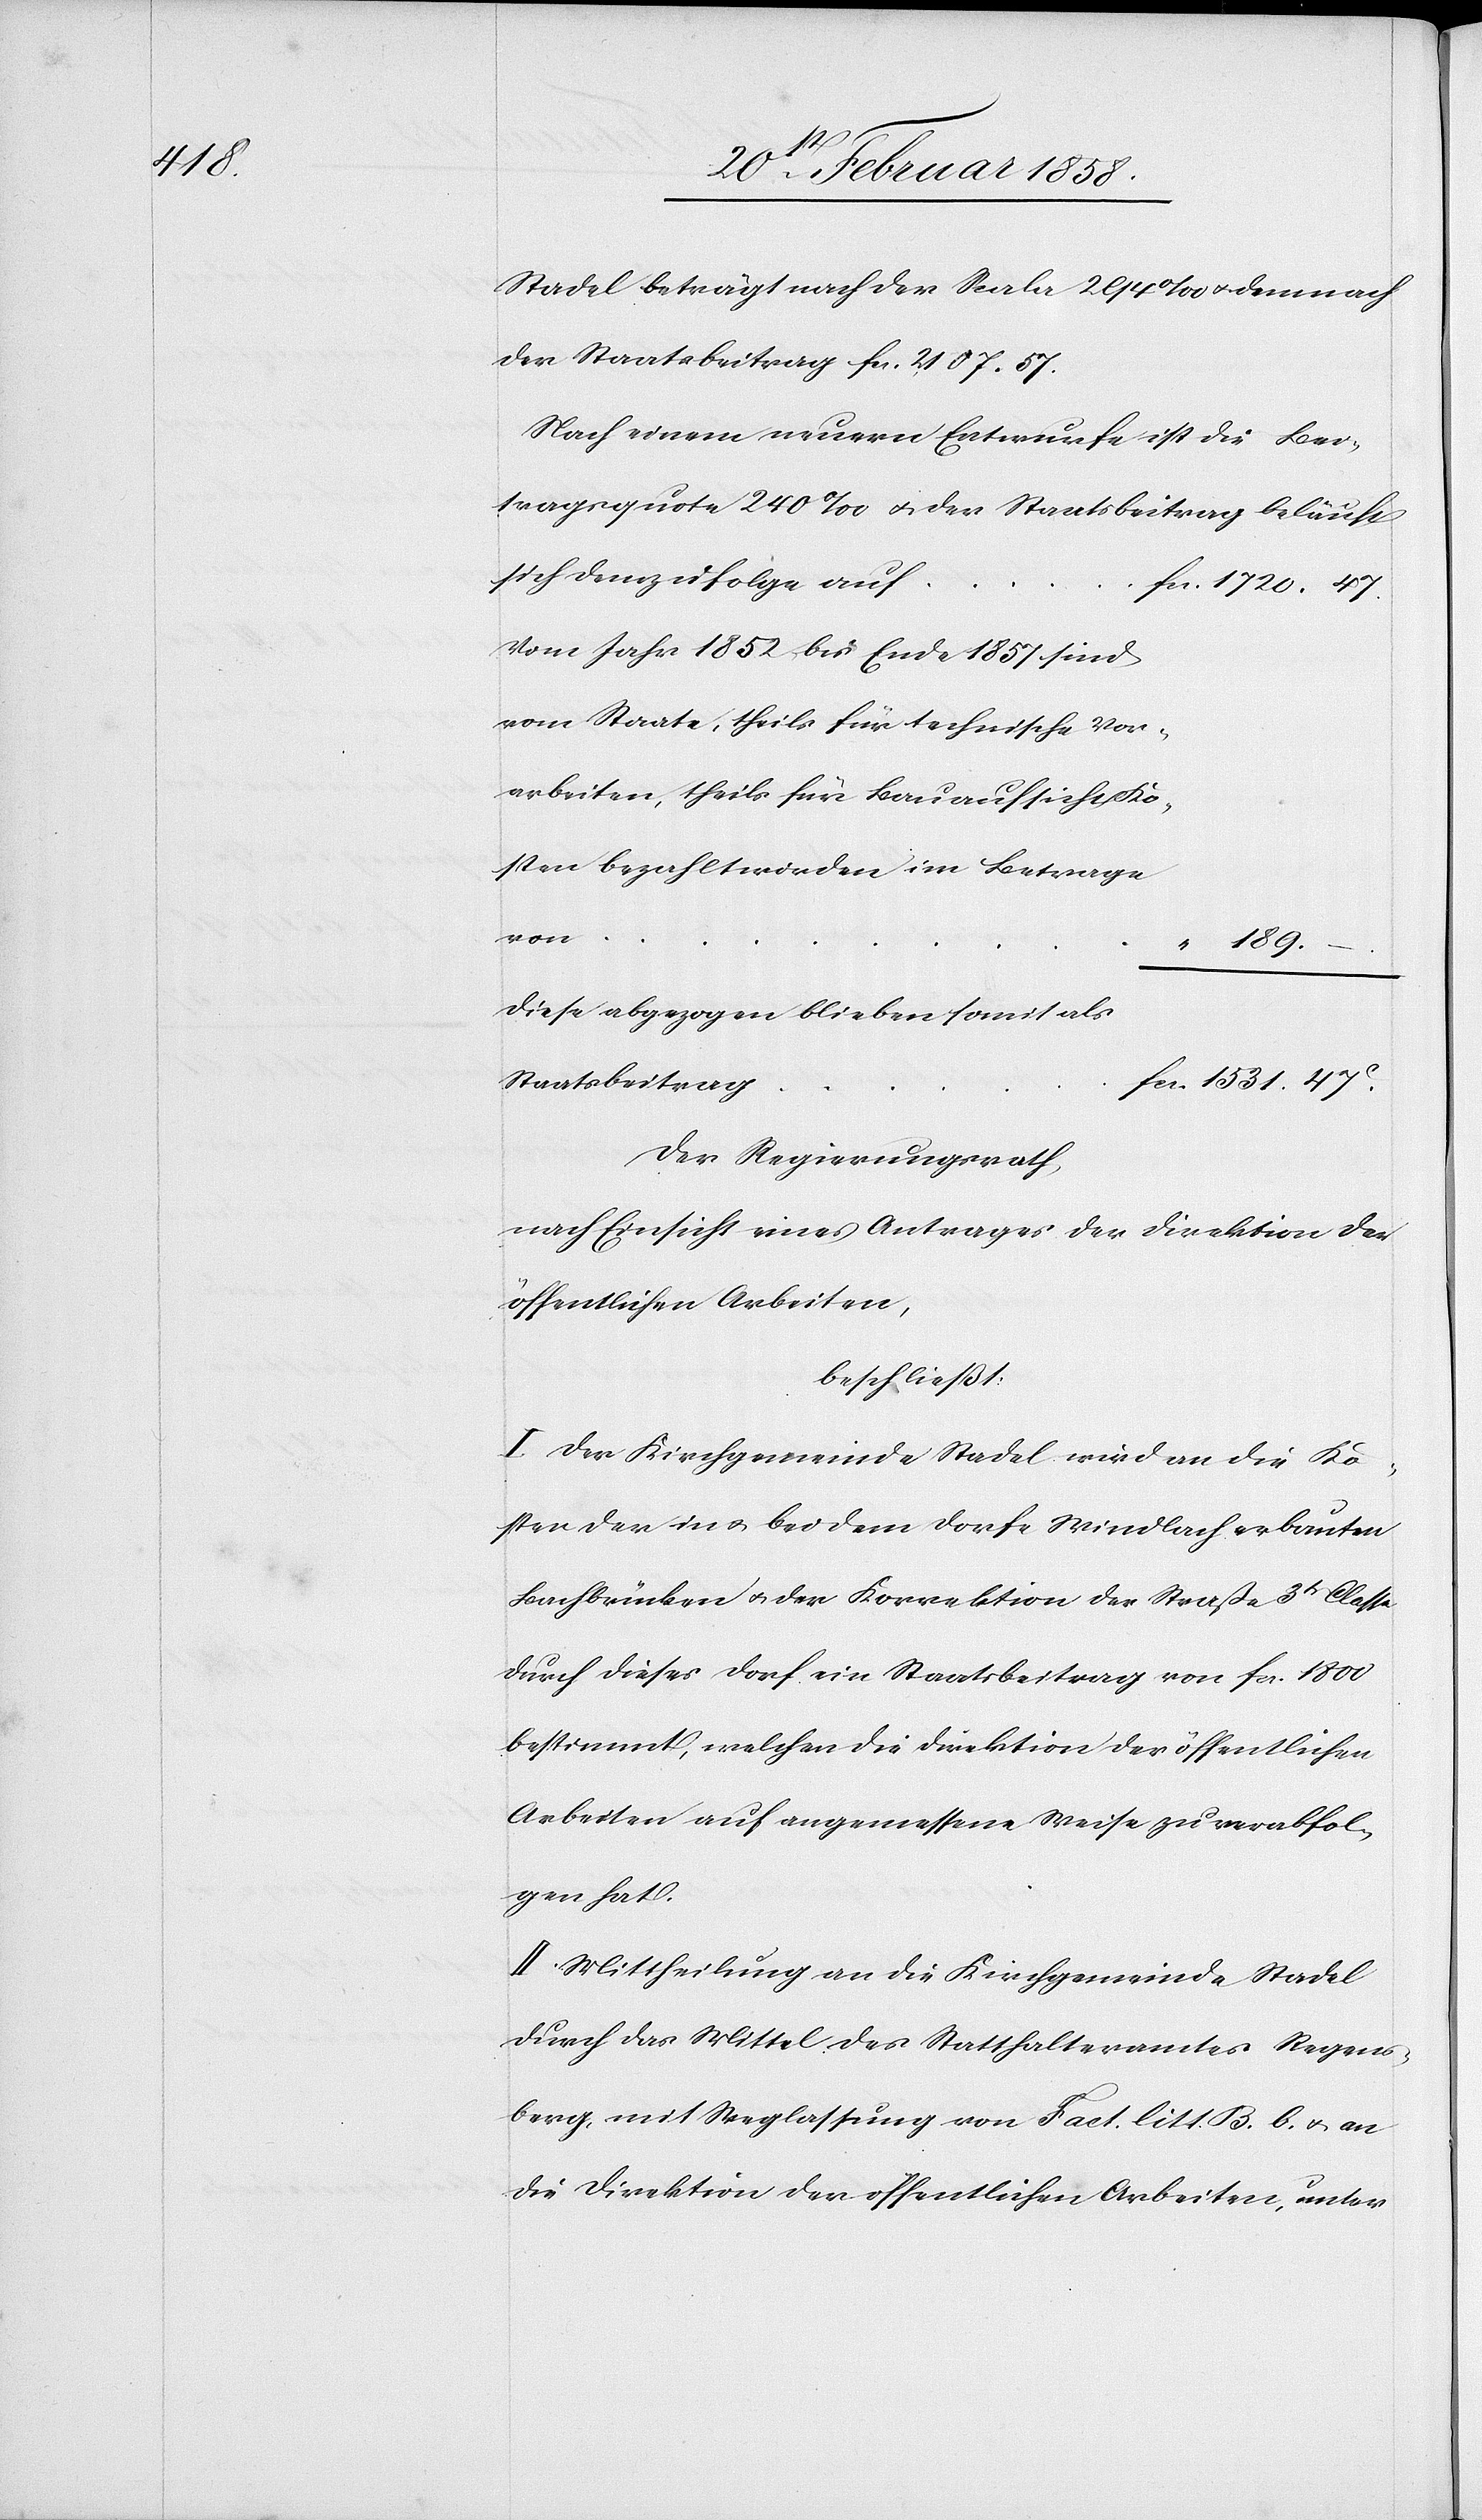
Stadel beträgt nach der Scala 294‰ u. demnach
der Staatsbeitrag fcs. 2107. 57.
Nach einem neuern Entwurfe ist die Bei¬
tragsquote 240‰ u. der Staatsbeitrag beläuft
1531. 47
Vom Jahr 1852 bis Ende 1857 sind
arbeiten, theils für Bauaufsicht Ko¬
“ 189.
Diese abgezogen blieben somit als
Der Regierungsrath,
nach Einsicht eines Antrages der Direktion der
öffentlichen Arbeiten,
beschließt:
I. Der Kirchgemeinde Stadel wird an die Ko¬
sten der in u. bei dem Dorfe Windlach erbauten
Bachbrücken u. der Korrektion der Straße 3tr Classe
durch dieses Dorf ein Staatsbeitrag von fcs. 1800
bestimmt, welcher die Direktion der öffentlichen
Arbeiten auf angemessene Weise zu verabfol¬
gen hat.
II. Mittheilung an die Kirchgemeinde Stadel
durch das Mittel des Statthalteramtes Regens¬
berg, mit Weglassung von Fact. litt. B. b. u. an
die Direktion der öffentlichen Arbeiten, unter